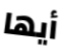
أيها